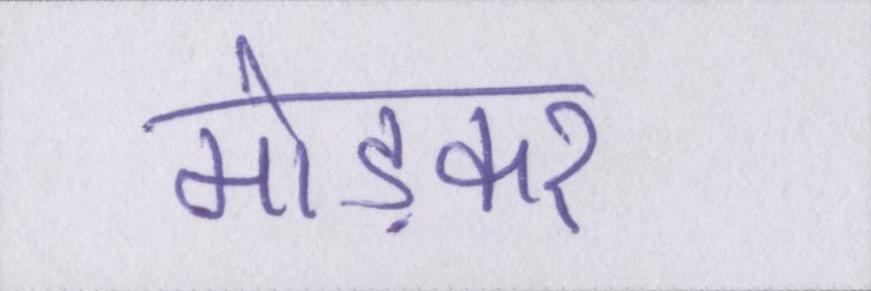
मोड़कर